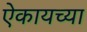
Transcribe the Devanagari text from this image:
ऐकायच्या